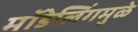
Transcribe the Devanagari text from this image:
मॉडेलिंगमुळे